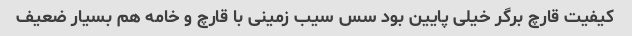
کیفیت قارچ برگر خیلی پایین بود سس سیب زمینی با قارچ و خامه هم بسیار ضعیف